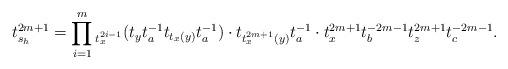
LaTeX: \begin{align*}t_{s_h}^{2m+1} = \prod_{i=1}^m {}_{t_x^{2i-1}}(t_y t_a^{-1} t_{t_x(y)} t_a^{-1}) \cdot t_{t_x^{2m+1}(y)}t_a^{-1} \cdot t_x^{2m+1} t_b^{-2m-1} t_z^{2m+1} t_c^{-2m-1}. \end{align*}